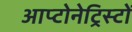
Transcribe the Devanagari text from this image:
आप्टोनेट्रिस्टों